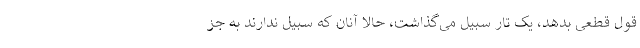
قول قطعی بدهد، یک تار سبیل می‌گذاشت، حالا آنان که سبیل ندارند به جز